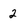
Character: 2